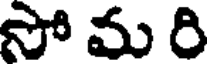
సో మ రి